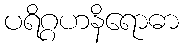
ပရိဂ္ဂဟနိရောဓာ